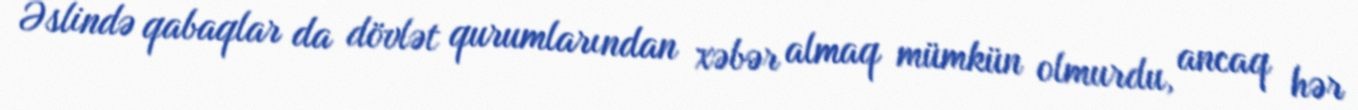
Əslində qabaqlar da dövlət qurumlarından xəbər almaq mümkün olmurdu, ancaq hər